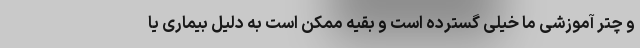
و چتر آموزشی ما خیلی گسترده است و بقیه ممکن است به دلیل بیماری یا